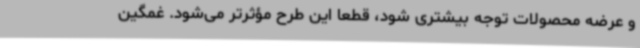
و عرضه محصولات توجه بیشتری شود، قطعاً این طرح مؤثرتر می‌شود. غمگین